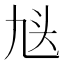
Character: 𬼣